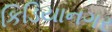
કિડિયાનગર